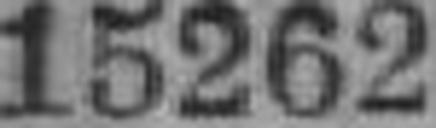
15262